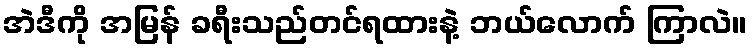
အဲဒီကို အမြန် ခရီးသည်တင်ရထားနဲ့ ဘယ်လောက် ကြာလဲ။